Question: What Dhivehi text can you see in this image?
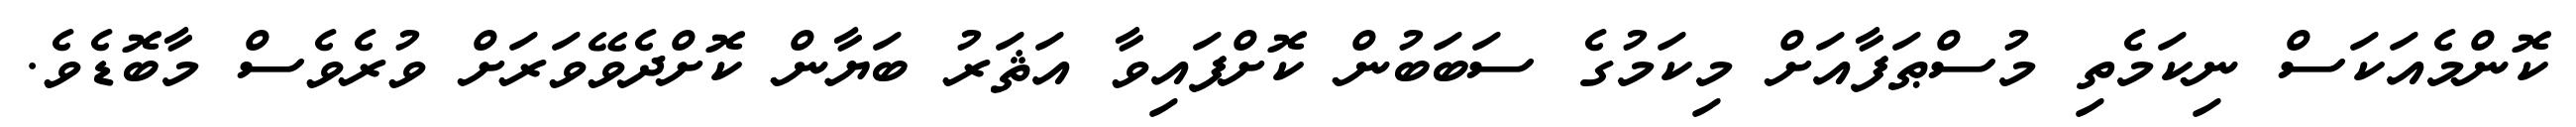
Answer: ކޮންމެއަކަސް ނިކަމެތި މުސްޠަފާއަށް މިކަމުގެ ސަބަބުން ކޮށްފައިވާ އަޘަރު ބަޔާން ކޮށްދެވޭވަރަށް ވުރެވެސް މާބޮޑެވެ.